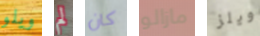
ويلو لم كان مازالو ويلز